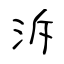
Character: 泝